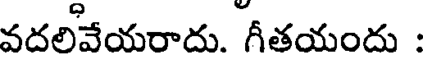
వదలివేయరాదు. గీతయందు :